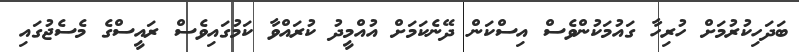
ބަދަހިކުރުމަށް ހުރިހާ ގައުމަކުންވެސް އިސްކަން ދޭނެކަމަށް އުއްމީދު ކުރައްވާ ކަމުގައިވެސް ރައީސްގެ މެސެޖުގައި